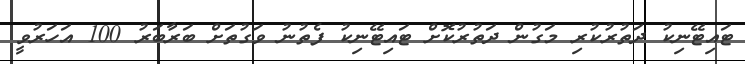
ޓައިޓޭނިކު ދަތުރުކުރި މަގުން ދަތުރުކޮށް ޓައިޓޭނިކު ފެތުނު ވަގުތަށް ބަރާބަރު 100 އަހަރުވީ